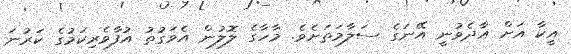
އީކާ އަށް އާދެވުނީ އޭނަގެ ސަލާމަތަށެވެ. މާހާގެ ލޮލުން އެވަގުތު އުފާވެރިކަމުގެ ކަރުނަ